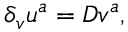
\delta _ { v } u ^ { a } = D v ^ { a } ,